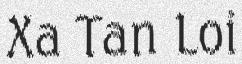
Xa Tan Loi